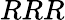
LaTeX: RRR